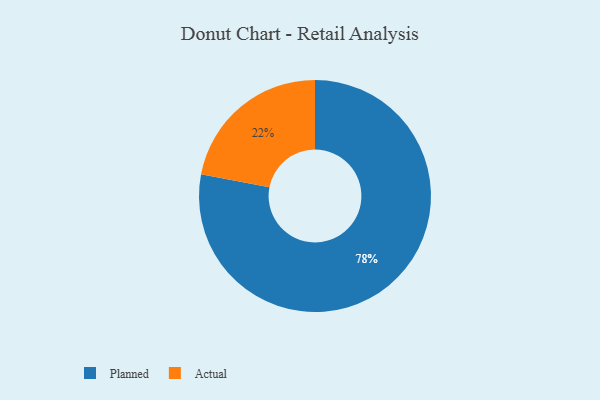
{"axis": {"x": "Category", "y": "Percentage"}, "legend": ["Actual", "Planned"], "data": [{"x": "Planned", "y": 78, "type": "Planned"}, {"x": "Actual", "y": 22, "type": "Actual"}]}